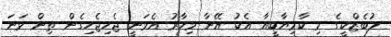
ލުބެޒްކީގެ މި ކާމިޔާބީއާ އެކު އޭނާ މިހާރު އެވަނީ ޖެހިޖެހިގެން ތިން ވަނަ